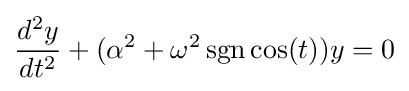
{\frac {d^{2}y}{dt^{2}}}+(\alpha ^{2}+\omega ^{2}\operatorname {sgn} \cos(t))y=0